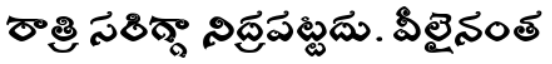
రాత్రి సరిగ్గా నిద్రపట్టదు. వీలైనంత